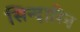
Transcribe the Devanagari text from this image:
सिन्दारिन